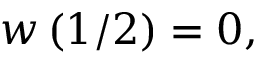
w \left( 1 / 2 \right) = 0 ,